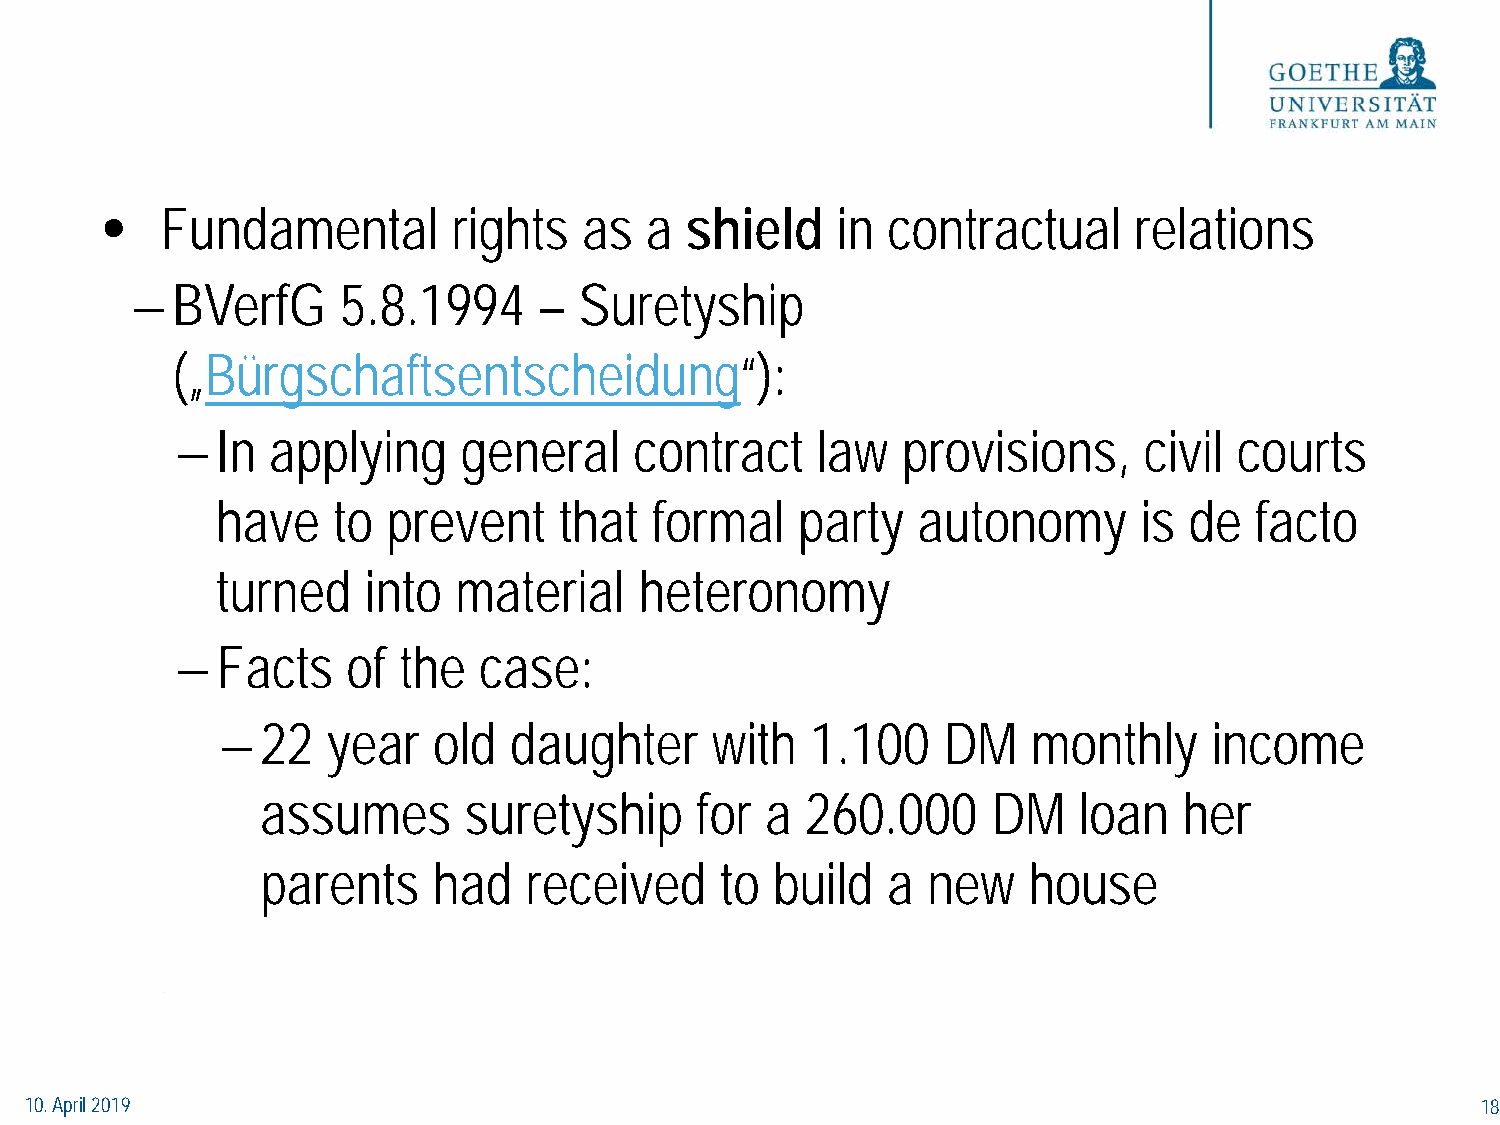
•   Fundamental        rights   as  a shield    in  contractual     relations
 − BVerfG     5.8.1994      – Suretyship
 („Bürgschaftsentscheidung“):
 − In  applying     general    contract    law   provisions,     civil courts
 have    to  prevent    that  formal    party   autonomy       is de  facto
 turned    into  material    heteronomy
 − Facts    of the   case:
 − 22   year   old  daughter     with   1.100   DM    monthly     income
 assumes       suretyship     for  a 260.000      DM   loan   her
 parents     had   received     to build   a new    house
 10. April 2019                                                                                  18